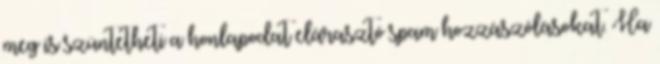
meg is szüntetheti a honlapodat elárasztó spam hozzászólásokat. Ha